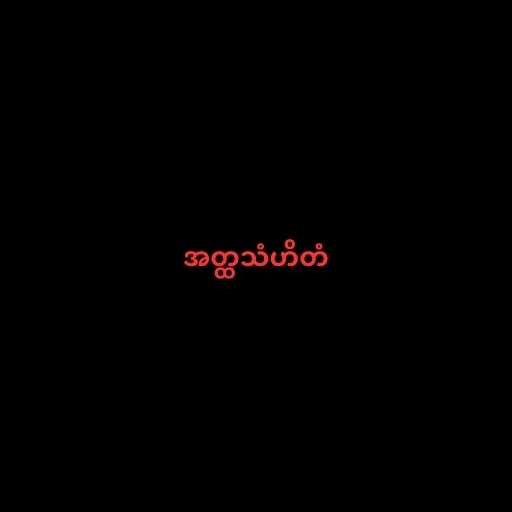
အတ္ထသံဟိတံ